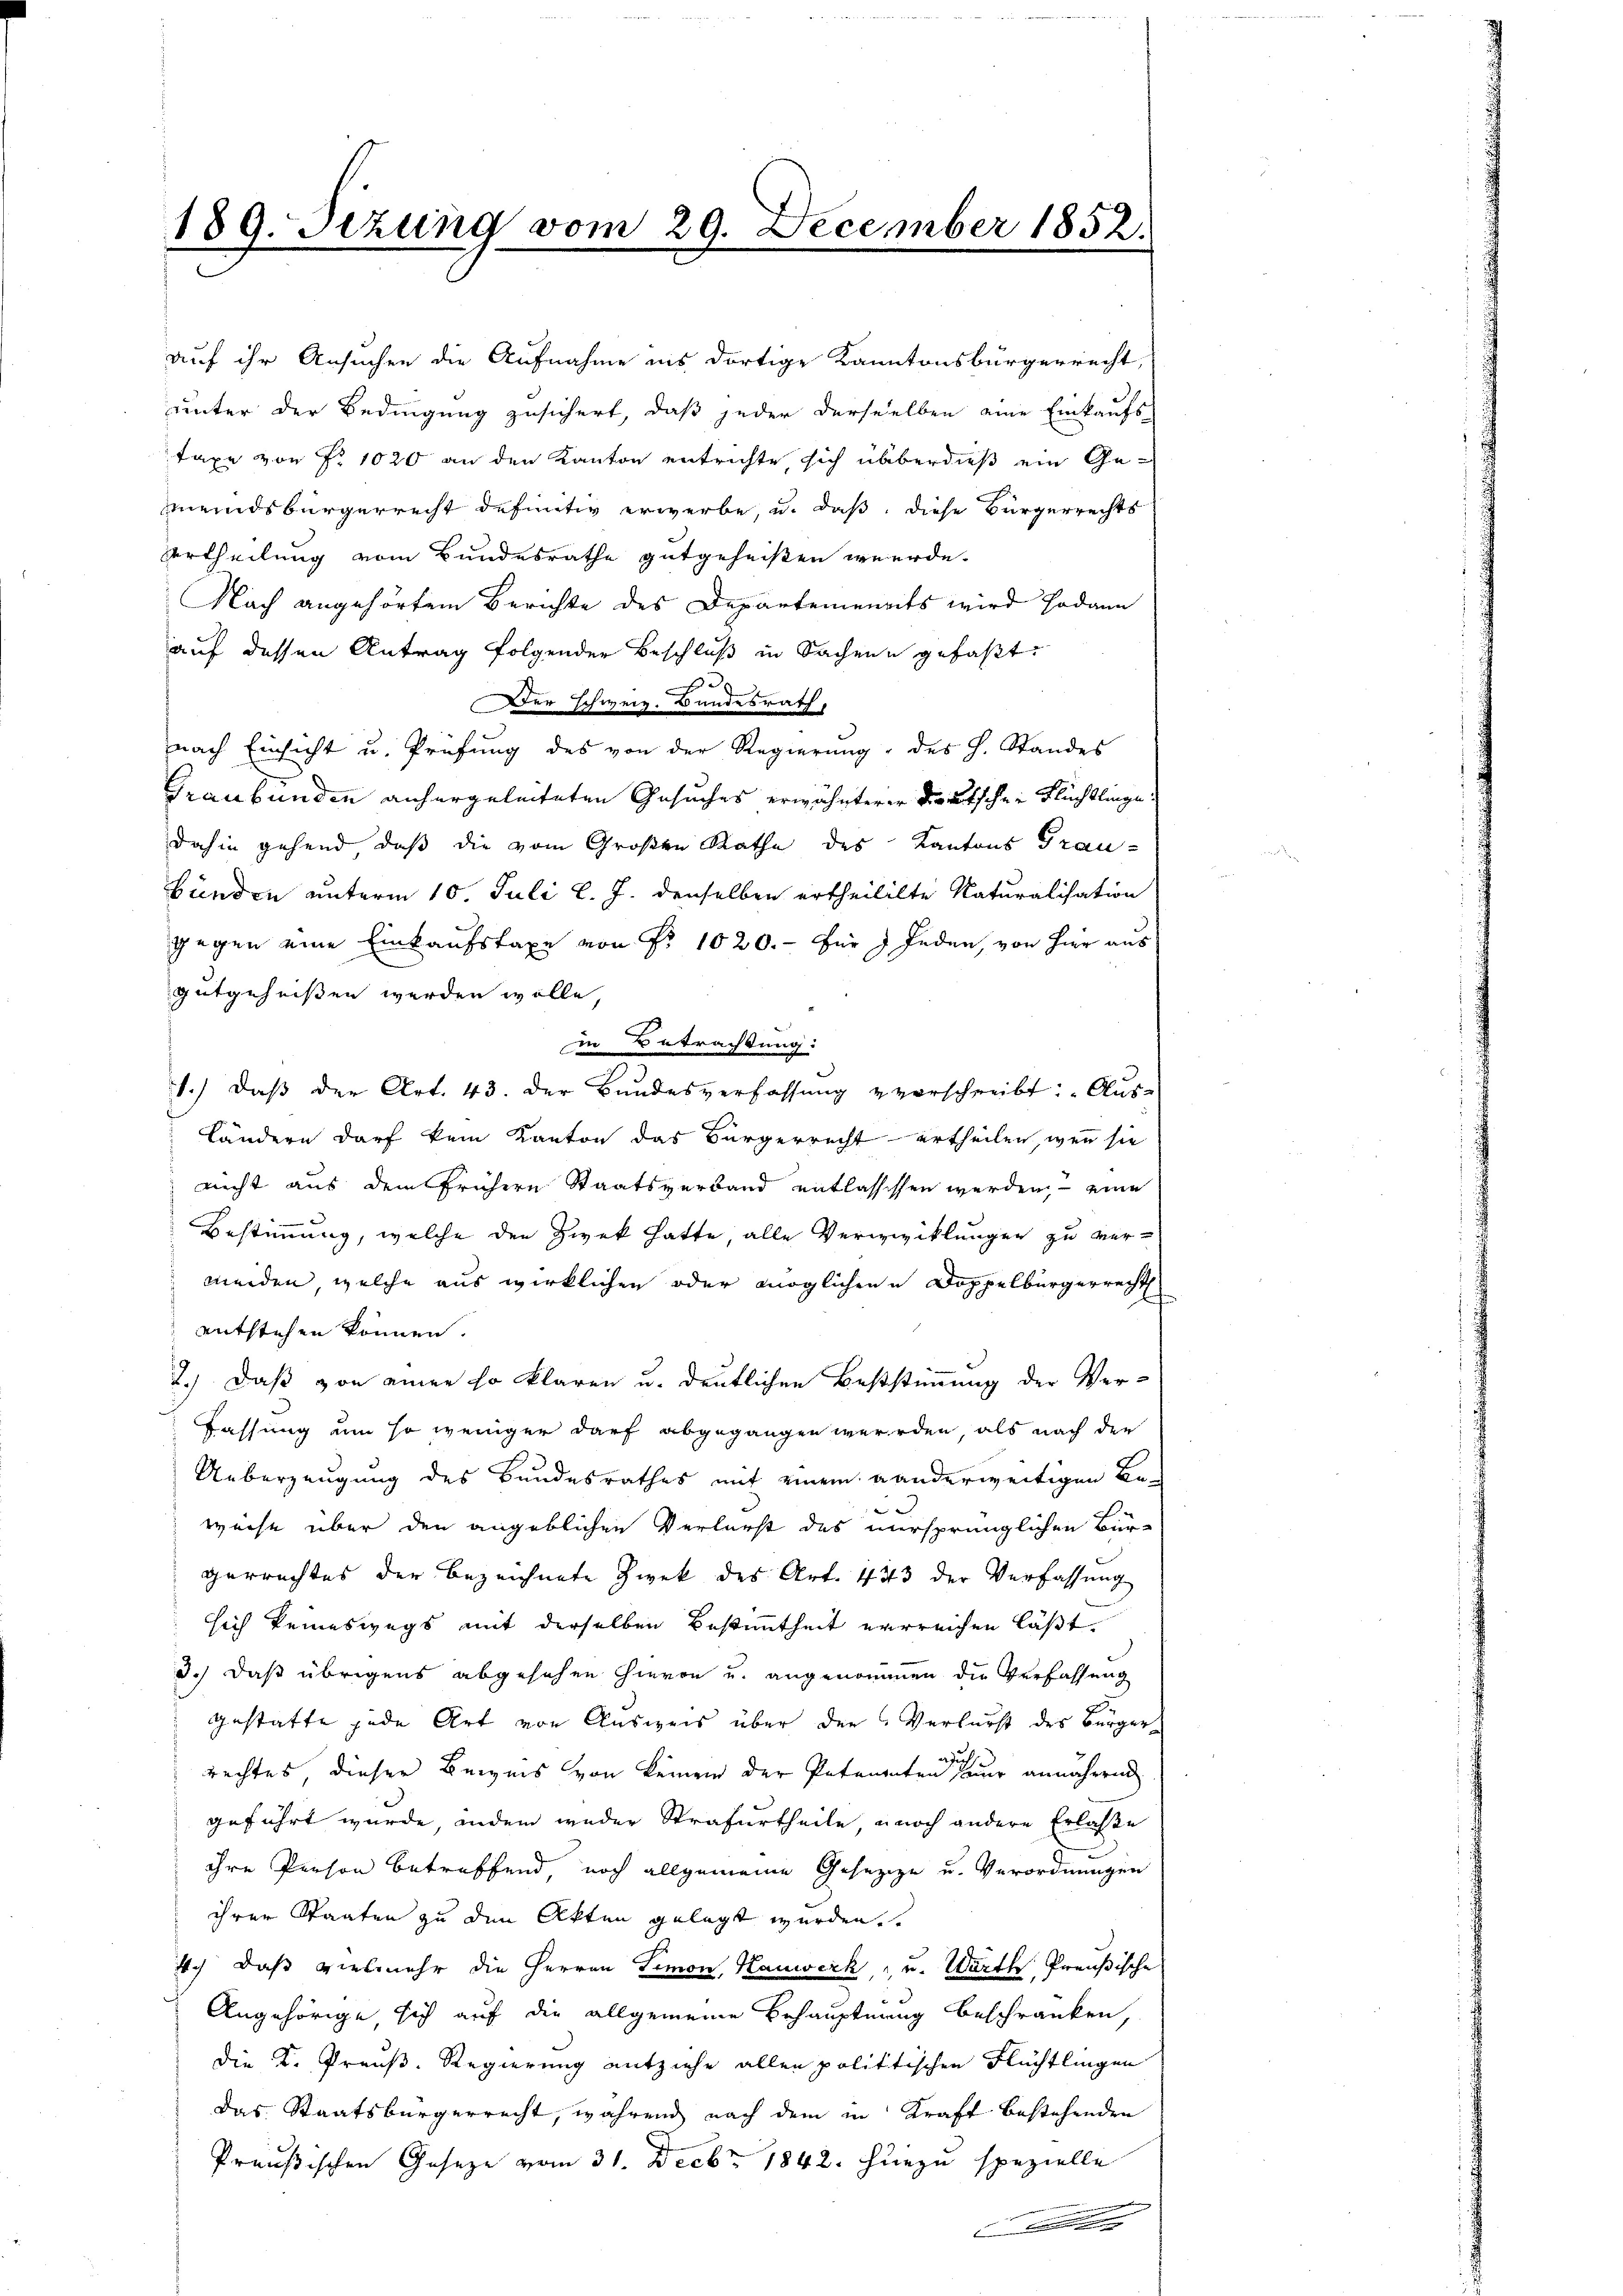
189. Sitzung vom 29. December 1852.

auf ihr Ansuchen die Aufnahme ins dortige Kantonsbürgerrecht,
unter der Bedingung zusichert, daß jeder derselben eine Einkaufs-
Taxe von Nr. 1020 an den Kanton entrichte, sich überdieß ein Gemeindsbürgerrecht definitiv erwerbe, u. daß diese Bürgerrechts
Urtheilung vom Bundesrathe gutgeheißen werde.
Nach angehörtem Berichte des Departements wird sodann
auf dessen Antrag folgender Beschluß in Sachen gefaßt.
e
Der Schweiz. Bundesrath,
nach Einsicht u. Prüfung des von der Regierung des H. Standes
Graubünden anhergeleiteten Gesuches erwähnterer Deutschen Flüchtlingedahin gehend, daß die vom Großen Rathe des Kantons Grau-
bunden unterm 10. Juli l. J. denselben ertheililte Naturalisation
gegen eine Einkaufstaxe von Nr. 1020.- für Jeden, von hier aus
gutgeheißen werden wolle.
in Betrachtung:
1.) Daß der Art. 43. Der Bundesverfassung u verschreibt: „Aus¬
Ländern darf kein Kanton das Bürgerrecht ertheilen, wenn sie
nicht aus dem frühern Staatsverband entlassessen werden, eine
Bestimmung, welche den Zwek hatte, alle Verwicklungen zu vermeiden, welche aus wirklichen oder möglichen Doppelbürgerrecht
entstehen können.
2.) Daß von einen so klaren u. deutlichen Beststimmung der Ver¬
Fassung um so weniger darf abgegangen werden, als nach der
Ueberzeugung des Bundesrathes mit einem anderweitigen Be-
weise über den angeblichen Verlurst des nursprünglichen Bür-
gerrechtes der bezeichnete Zwek des Art. 423 der Verfassung
sich keineswegs mit derselben Bestimmtheit errreichen läßt.
d.) daß übrigens abgesehen hievon u. angenommen die Verfassung
gestatte jede Art von Ausweis über den Verlurst des Bürgerus
rechtes, dieser Beweis von keinem der Petenenten nur annäheren
geführt wurde, indem weder Strafurtheile, noch andere Erlaße
ihre Person betreffend, noch allgemeine Gesezige u. Verordnungen
ihrer Staaten zu den Akten gelegt werden.
Ach, daß vielmehr die Herren Simon, Hauwerk, - u. Warth, Preußische
Angehörige sich auf die allgemeine Behauptung beschränken,
die K. Grauß. Regierung entziehe allen politischen Flüchtlingen
das Staatsbürgerrecht, während nach dem in Kraft bestehenden
Preußischen Gesetze vom 31. Decbr. 1842. hiezu spezielle
n
.